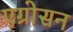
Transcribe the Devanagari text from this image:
एग्रोसन